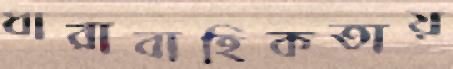
ধারাবাহিকতায়